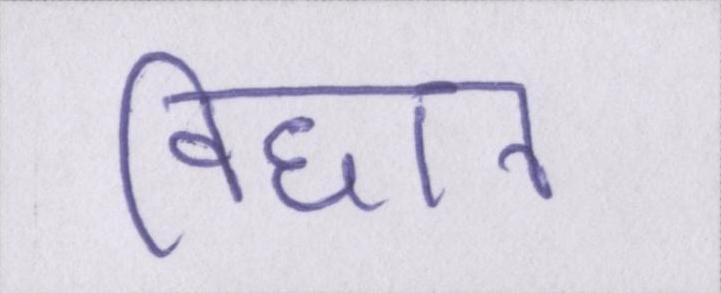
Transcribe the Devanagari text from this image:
विधान